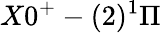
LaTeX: X0^{+}-(2)^{1}\Pi